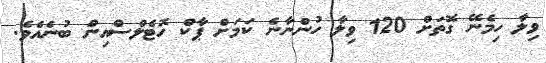
ވިލާ ހިމެނޭ ގޮތަށް 120 ވިލާ ހުންނާނެ ކަމަށް ޕާކް ހޮޓެލްސްއިން ބުނެއެވެ.